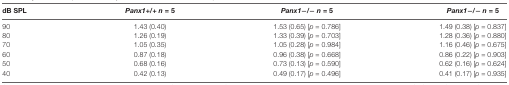
<table><thead><tr><td><b>dB SPL</b></td><td><b><i>Panx1</i>+/+ <i>n</i> = 5</b></td><td><b><i>Panx1</i>−/− <i>n</i> = 5</b></td><td><b><i>Panx1</i>−/− <i>n</i> = 5</b></td></tr></thead><tbody><tr><td>90</td><td>1.43 (0.40)</td><td>1.53 (0.65) [<i>p</i> = 0.786]</td><td>1.49 (0.38) [<i>p</i> = 0.837]</td></tr><tr><td>80</td><td>1.26 (0.19)</td><td>1.33 (0.39) [<i>p</i> = 0.703]</td><td>1.28 (0.36) [<i>p</i> = 0.880]</td></tr><tr><td>70</td><td>1.05 (0.35)</td><td>1.05 (0.28) [<i>p</i> = 0.984]</td><td>1.16 (0.46) [<i>p</i> = 0.675]</td></tr><tr><td>60</td><td>0.87 (0.18)</td><td>0.96 (0.38) [<i>p</i> = 0.668]</td><td>0.86 (0.22) [<i>p</i> = 0.903]</td></tr><tr><td>50</td><td>0.68 (0.16)</td><td>0.73 (0.13) [<i>p</i> = 0.590]</td><td>0.62 (0.16) [<i>p</i> = 0.624]</td></tr><tr><td>40</td><td>0.42 (0.13)</td><td>0.49 (0.17) [<i>p</i> = 0.496]</td><td>0.41 (0.17) [<i>p</i> = 0.935]</td></tr></tbody></table>